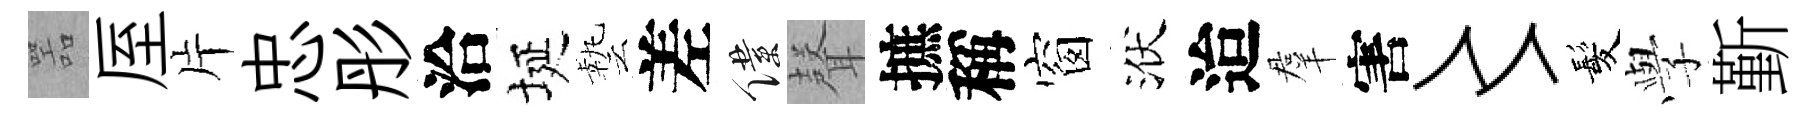
噐厔片忠彤洽埏藝差僕𮋻摭稱窗洑迨羣害〻髪𫝯斳